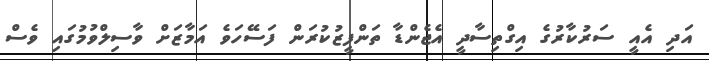
އަދިި އެއީ ސަރުކާރުގެ އިގްތިސާދީ އެޖެންޑާ ތަންފީޒުކުރަން ފަސޭހަވެ އަމާޒަށް ވާސިލްވުމުގައިި ވެސް